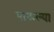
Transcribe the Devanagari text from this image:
पाकल्या